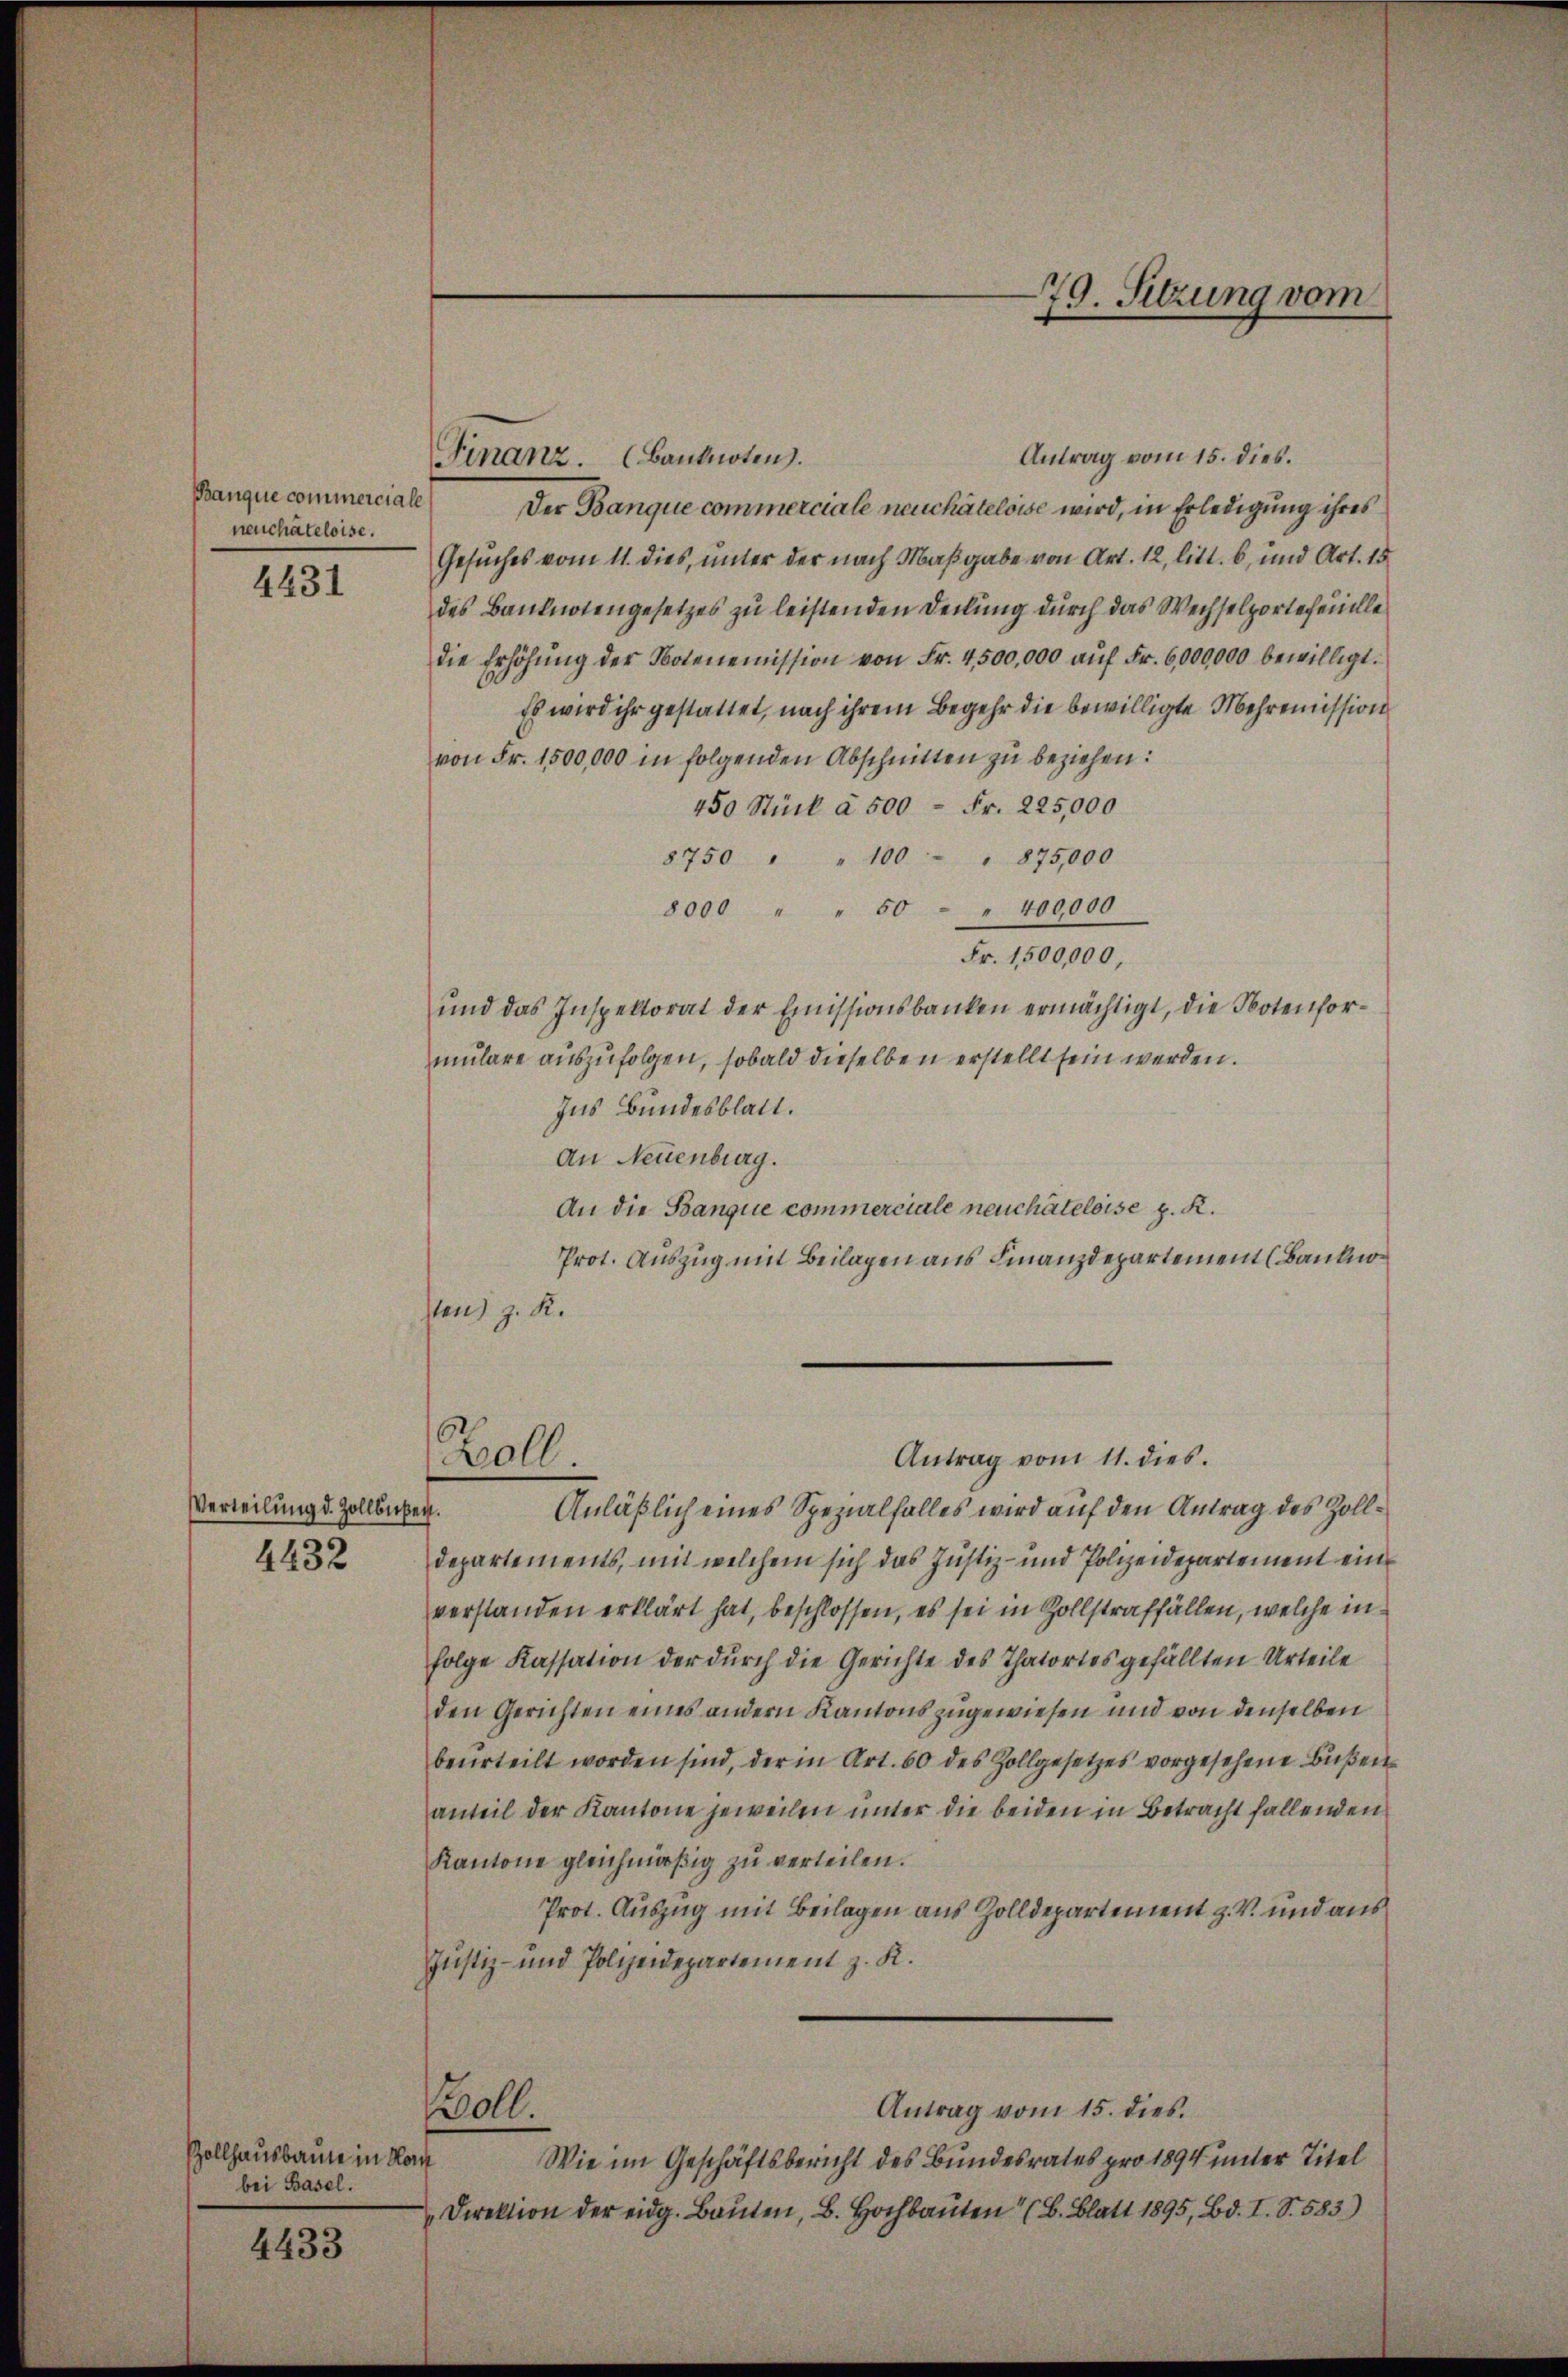
Banque commerciale
neuchâteloise.

4431

Verteilung d. Zollbüßen.
4432

Zollhausbaute in No
bei Basel.

4433

Antrag vom 15. dies.
Finanz. (Banknoten.
Der Banque commerciale neuchâteloise wird, in Erledigung ihres
Gesuches vom 11. dies, unter der nach Maßgabe von Art. 12, litt. b, und Art. 15
des Banknotengesetzes zu leistenden Teilung durch das Wechselportefeuille
die Erhöhŭng der Notenemission von Fr. 4500,000 aŭf Fr. 6,000,000 bewilligt.
Es wird ihr gestattet, nach ihrem Begehr die bewilligte Mehrenission
von Fr. 1500,000 in folgenden Abschnitten zu beziehen:
450 Stück à 500 = Fr. 225,000
8750 " " 100 " 875,000
8000 " " 50 - " 400000
Fr. 1,500,000,
ŭnd das Inspektorat der Emissionsbanken ermächtigt, die Notenformulare auszufolgen, sobald dieselben erstellt sein werden.
Ins Bundesblatt.
An Neuenburg.
An die Banque commerciale neuchâteloise z. K.
Prot. Auszug mit Beilagen aus Finanzdepartement (Bankno
ten) z. R.

Woll.

79. Sitzung vom

Antrag vom 11. dies.

Anläßlich eines Spezialfalles wird auf den Antrag des Zoll¬
Departements, mit welchem sich das Justiz- und Polizeidepartement eine
verstanden erklärt hat, beschlossen, es sei in Zollstraffällen, welche infolge Kassation der durch die Gerichte des Thatortes gefällten Urteile
den Gerichten eines andern Kantons zugewiesen und von denselben
beŭrteilt worden sind, der in Art. 60 des Zollgesetzes vorgesehene Bŭβen
anteil der Kantone jeweilen unter die beiden in Betracht fallenden
Kantone gleichmäßig zu verteilen.
Prot. Auszug mit Beilagen aus Zolldepartement z. B. und aus
Justiz- und Polizeidepartement z. K.
Antrag vom 15. dies.
oll.
e
Wie im Geschäftsbericht des Bundesrates pro 1894 unter Titel
Direktion der eidg. Baŭten, B. Hochbauten (B. Blatt 1895, Bd. I. S. 583)